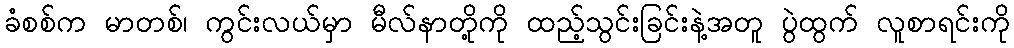
ခံစစ်က မာတစ်၊ ကွင်းလယ်မှာ မီလ်နာတို့ကို ထည့်သွင်းခြင်းနဲ့အတူ ပွဲထွက် လူစာရင်းကို